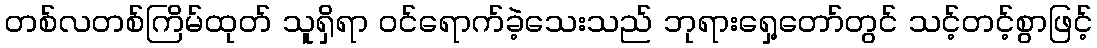
တစ်လတစ်ကြိမ်ထုတ် သူရှိရာ ဝင်ရောက်ခဲ့သေးသည် ဘုရားရှေ့တော်တွင် သင့်တင့်စွာဖြင့်